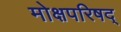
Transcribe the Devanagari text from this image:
मोक्षपरिषद्